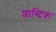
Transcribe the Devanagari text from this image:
शाब्दिक